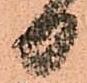
日